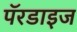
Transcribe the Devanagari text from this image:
पॅरडाइज